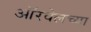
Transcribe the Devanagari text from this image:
ऑरवेलच्या